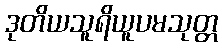
ဒုတိယသူရိယူပမသုတ္တ